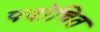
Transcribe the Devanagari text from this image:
पदोचित